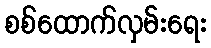
စစ်ထောက်လှမ်းရေး